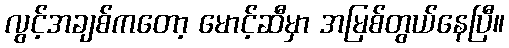
လွင့်အချစ်ကတော့ မောင့်ဆီမှာ အမြစ်တွယ်နေပြီ။